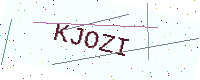
Text: KJOZI